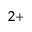
^ { 2 + }